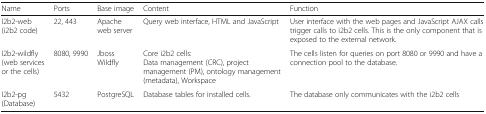
| Name | Ports | Base image | Content | Function |
 | --- | --- | --- | --- | --- |
 | I2b2-web(i2b2 code) | 22, 443 | Apache web server | Query web interface, HTML and JavaScript | User interface with the web pages and JavaScript AJAX calls trigger calls to i2b2 cells. This is the only component that is exposed to the external network. |
 | I2b2-wildfly (web services or the cells) | 8080, 9990 | Jboss Wildfly | Core i2b2 cells:Data management (CRC), project management (PM), ontology management (metadata), Workspace | The cells listen for queries on port 8080 or 9990 and have a connection pool to the database. |
 | I2b2-pg(Database) | 5432 | PostgreSQL | Database tables for installed cells. | The database only communicates with the i2b2 cells |